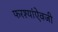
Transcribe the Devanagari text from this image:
फरश्यांऐवजी